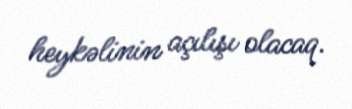
heykəlinin açılışı olacaq.